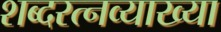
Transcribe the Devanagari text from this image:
शब्दरत्नव्याख्या